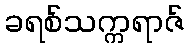
ခရစ်သက္ကရာဇ်